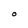
Character: O